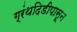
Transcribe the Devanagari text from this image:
ग्रंथदिडीपासून